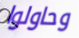
وحاولوا